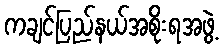
ကချင်ပြည်နယ်အစိုးရအဖွဲ့